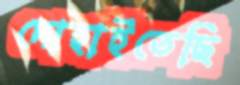
দোহাইতেছি